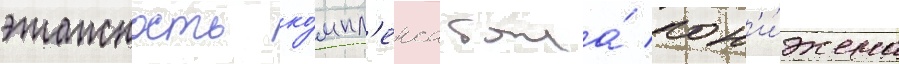
этажность ко́мпл'екса была́ пон'и́жена